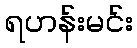
ရဟန်းမင်း